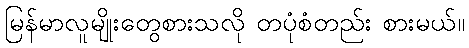
မြန်မာလူမျိုးတွေစားသလို တပုံစံတည်း စားမယ်။